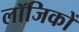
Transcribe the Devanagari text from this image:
लॉजिकों